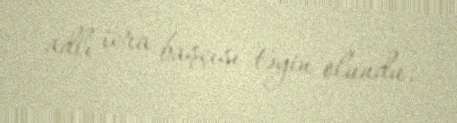
adlı icra başçısı təyin olundu.